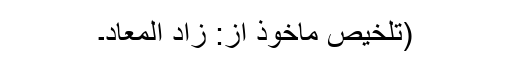
(تلخیص ماخوذ از: زاد المعاد۔